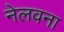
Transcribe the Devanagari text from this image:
नेलवना